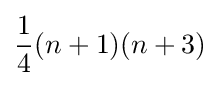
{\frac {1}{4}}(n+1)(n+3)